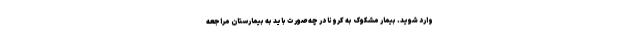
وارد شوید. بیمار مشکوک به کرونا در چه صورت باید به بیمارستان مراجعه